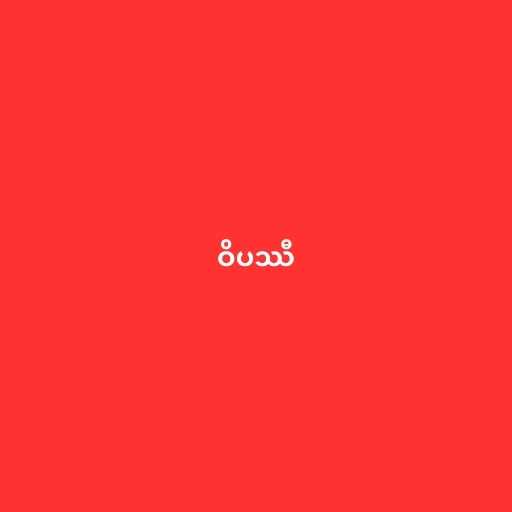
ဝိပဿီ